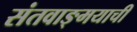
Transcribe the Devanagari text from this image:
संतवाङ्‌मयाची